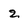
Character: 2